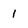
Character: 1